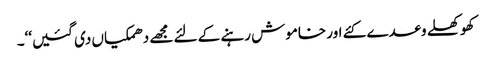
کھوکھلے وعدے کئے اور خاموش رہنے کے لئے مجھے دھمکیاں دی گئیں‘‘۔